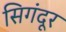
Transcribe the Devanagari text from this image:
सिगंदूर